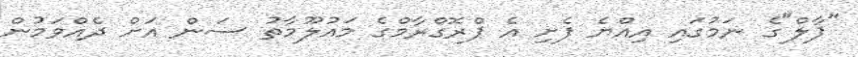
"ޕާލް"ގެ ނަމުގައި އިއްޔެ ފެށި އެ ޕްރޮގްރާމްގެ މައުލޫމާތު ސަން އަށް ދެއްވަމުން